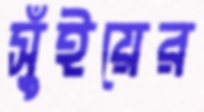
সুঁইয়ের